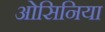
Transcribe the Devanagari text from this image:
ओसिनिया